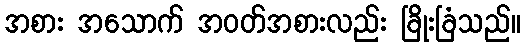
အစား အသောက် အဝတ်အစားလည်း ခြိုးခြံသည်။